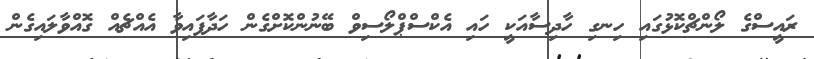
ރައީސްގެ ލޯންޗްކޮޅުގައި ހިނގި ހާދިސާއަކީ ހައި އެކްސްޕްލޯސިވް ބޭނުންކޮށްގެން ހަދާފައިވާ އެއްޗެއް ގޮއްވާލައިގެން